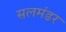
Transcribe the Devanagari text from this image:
सलमंडर